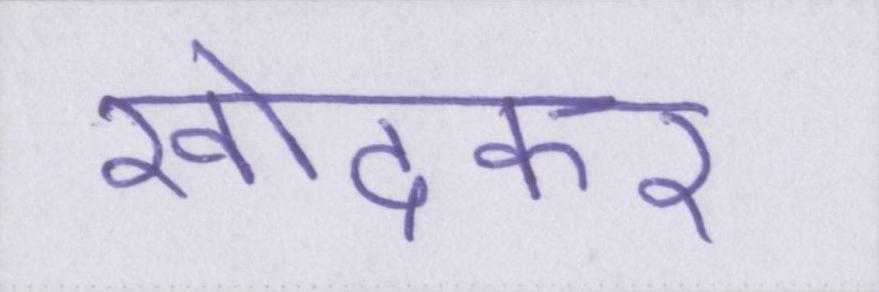
खोदकर